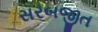
સરબજીત